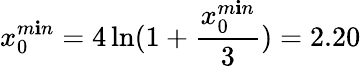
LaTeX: x_{0}^{m\mathbf{i}n}=4\ln(1+{\frac{{x_{0}^{m\mathbf{i}n}}}{{3}}})=2.20